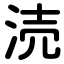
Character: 涜